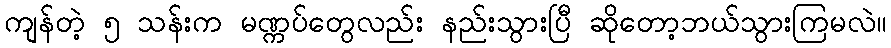
ကျန်တဲ့ ၅ သန်းက မဏ္ကပ်တွေလည်း နည်းသွားပြီ ဆိုတော့ဘယ်သွားကြမလဲ။